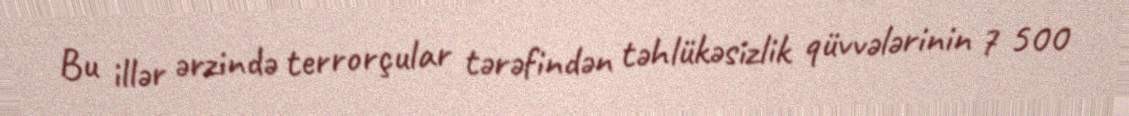
Bu illər ərzində terrorçular tərəfindən təhlükəsizlik qüvvələrinin 7 500